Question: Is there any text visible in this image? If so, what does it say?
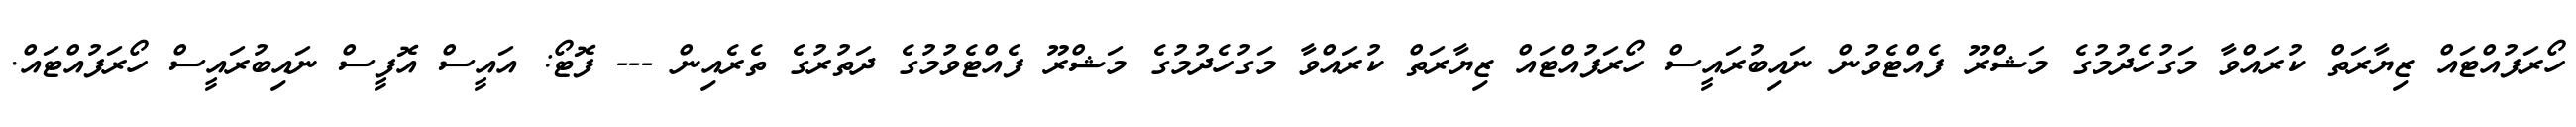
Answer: ހޯރަފުއްޓައް ޒިޔާރަތް ކުރައްވާ މަގުހެދުމުގެ މަޝްރޫ ފެއްޓެވުން ނައިބުރައީސް ހޯރަފުއްޓައް ޒިޔާރަތް ކުރައްވާ މަގުހެދުމުގެ މަޝްރޫ ފެއްޓެވުމުގެ ދަތުރުގެ ތެރެއިން --- ފޮޓޯ: އައީސް އޮފީސް ނައިބުރައީސް ހޯރަފުއްޓައް.